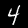
Label: 4